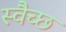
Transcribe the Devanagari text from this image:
स्वैच्छ